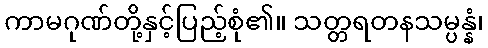
ကာမဂုဏ်တို့နှင့်ပြည့်စုံ၏။ သတ္တရတနသမ္ပန္နံ၊